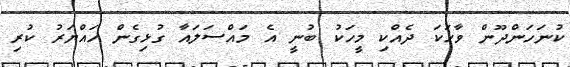
ކުނަހަންދޫން ވާހަކަ ދެއްކި މީހަކު ބުނީ އެ މައްސަލައާ ގުޅިގެން ހައްޔަރު ކުރި